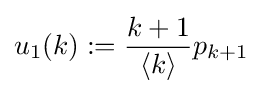
u_{1}(k):={\frac {k+1}{\langle k\rangle }}p_{k+1}